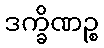
ဒက္ခိဏဉ္စ